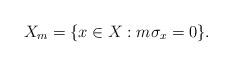
LaTeX: \begin{align*}X_m=\{x\in X:m\sigma_x=0\}.\end{align*}